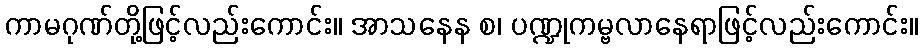
ကာမဂုဏ်တို့ဖြင့်လည်းကောင်း။ အာသနေန စ၊ ပဏ္ဍုကမ္ဗလာနေရာဖြင့်လည်းကောင်း။